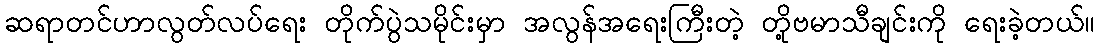
ဆရာတင်ဟာလွတ်လပ်ရေး တိုက်ပွဲသမိုင်းမှာ အလွန်အရေးကြီးတဲ့ တို့ဗမာသီချင်းကို ရေးခဲ့တယ်။